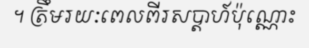
។ ត្រឹមរយៈពេលពីរសប្តាហ៍ប៉ុណ្ណោះ